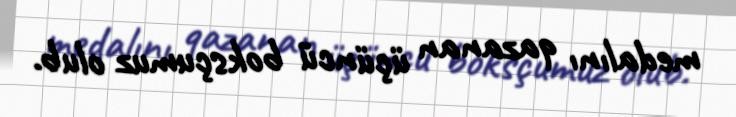
medalını qazanan üçüncü boksçumuz olub.